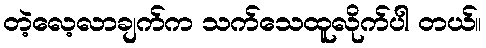
တဲ့လေ့လာချက်က သက်သေထူလိုက်ပါ တယ်။